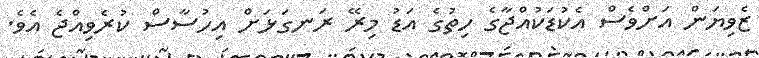
ޒެވިޔަން އަށްވެސް އެކުޑަކުއްޖާގެ ހިތުގެ އަޑު މިރޭ ރަނގަޅަށް އިހުސާސް ކުރެވިއްޖެ އެވެ.